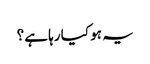
یہ ہو کیا رہا ہے؟